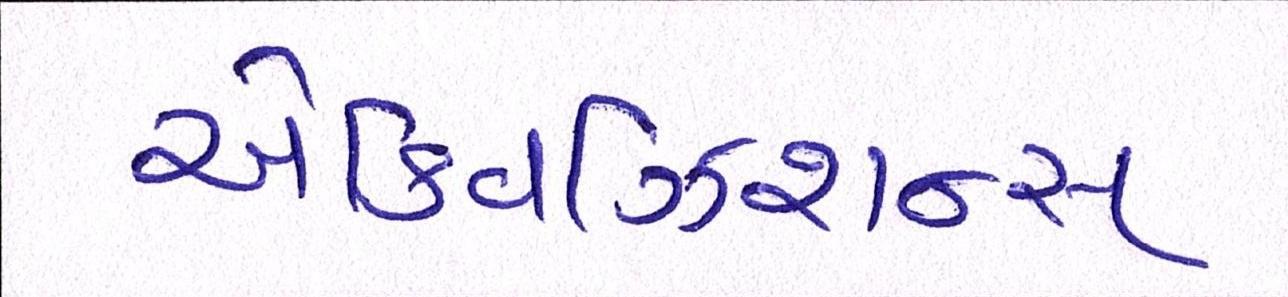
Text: એક્વિઝિશન્સ